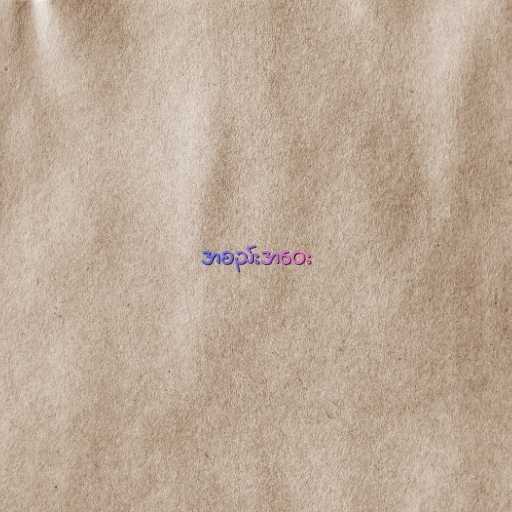
အစည်းအဝေး